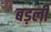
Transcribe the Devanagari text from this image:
बड़ली